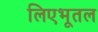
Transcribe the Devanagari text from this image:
लिएभूतल